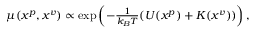
\begin{array} { r } { \textstyle \mu ( x ^ { p } , x ^ { v } ) \propto \exp \left( - \frac { 1 } { k _ { B } T } ( U ( x ^ { p } ) + K ( x ^ { v } ) ) \right) , } \end{array}